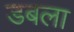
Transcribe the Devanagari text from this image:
डबला